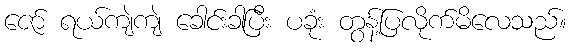
ဇော် ရယ်ကျဲကျဲ ခေါင်းခါပြီး ပခုံး တွန့်ပြလိုက်မိလေသည်။